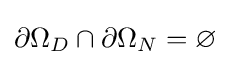
\partial \Omega _{D}\cap \partial \Omega _{N}=\varnothing